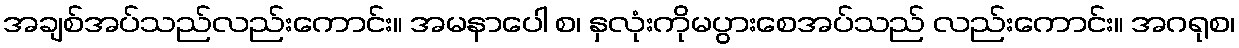
အချစ်အပ်သည်လည်းကောင်း။ အမနာပေါ စ၊ နှလုံးကိုမပွားစေအပ်သည် လည်းကောင်း။ အဂရုစ၊